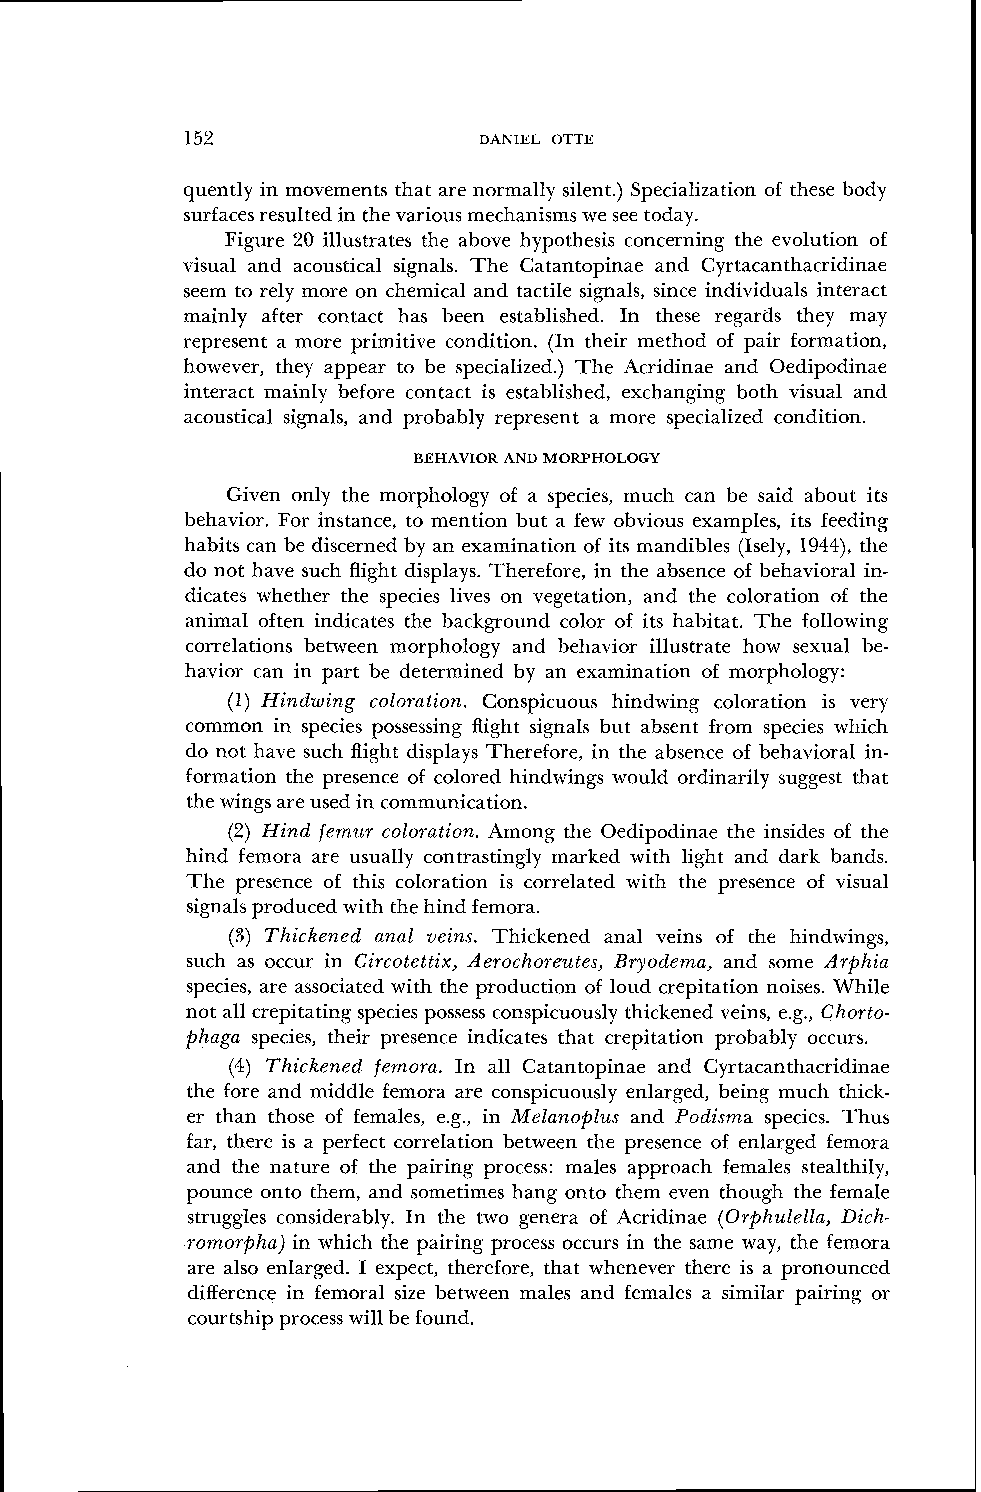
152                 DANIEL OTTE
 quently in movements that are normally silent.) Specialization of these body
 surfaces resulted in the various mechanisms we see today.
 Figure 20 illustrates the above hypothesis corlcerning the evolution of
 visual and acoustical signals. The Catantopinae and Cyrtacanthacridinae
 seem to rely more on chemical and tactile signals, since individuals interact
 mainly after contact has been established. In these regards they may
 represent a more primitive condition. (In their method of pair formation,
 however, they appear to be specialized.) The Acridinae and Oedipodinae
 interact mainly before contact is established, exchanging both visual and
 acoustical signals, and probably represent a more specialized condition.
 BEHAVIOR AND MORPHOLOGY
 Given only the morphology of a species, much can be said about its
 behavior. For instance, to mention but a few obvious examples, its feeding
 habits can be discerned by an examination of its mandibles (Isely, 1944), the
 do not have such flight displays. Therefore, in the absence of behavioral in-
 dicates whether the species lives on vegetation, and the coloration of the
 animal often indicates the background color of its habitat. The following
 correlations between morphology and behavior illustrate how sexual be-
 havior can in part be determined by an examination of morphology:
 (1) Hindwing coloration. Conspicuous hindwing coloration is very
 common in species possessing flight signals but absent from species which
 do not have such flight displays Therefore, in the absence of behavioral in-
 formation the presence of colored hindwings would ordinarily suggest that
 the wings are used in communication.
 (2) Hind femur coloration. Among the Oedipodinae the insides of the
 hind femora are usually contrastingly marked with light and dark bands.
 The presence of this coloration is correlated with the presence of visual
 signals produced with the hind femora.
 (3) Thickened anal veins. Thickened anal veins of the hindwings,
 such as occur in Circotettix, Aerochoreutes, Bryodema, and some Arphia
 species, are associated with the production of loud crepitation noises. While
 not all crepitating species possess conspicuously thickened veins, e.g., Chorto-
 phaga species, their presence indicates that crepitation probably occurs.
 (4) Thickened femora. In all Catantopinae and Cyrtacanthacridinae
 the fore and middle femora are conspicuously enlarged, being much thick-
 er than those of females, e.g., in Melanoplus and Podisma species. Thus
 far, there is a perfect correlation between the presence of enlarged femora
 and the nature of the pairing process: males approach females stealthily,
 pounce onto them, and sometimes hang onto them even though the female
 struggles considerably. In the two genera of Acridinae (Orphulella, Dich-
 romorpha) in which the pairing process occurs in the same way, the femora
 are also enlarged. I expect, therefore, that whenever there is a pronounced
 difference in femoral size between males and females a similar pairing or
 courtship process will be found.